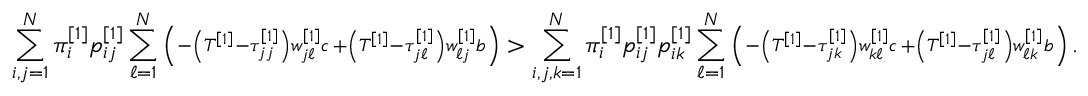
\sum _ { i , j = 1 } ^ { N } \pi _ { i } ^ { \left[ 1 \right] } p _ { i j } ^ { \left[ 1 \right] } \sum _ { \ell = 1 } ^ { N } \left( \substack { - \left( T ^ { \left[ 1 \right] } - \tau _ { j j } ^ { \left[ 1 \right] } \right) w _ { j \ell } ^ { \left[ 1 \right] } c \, + \left( T ^ { \left[ 1 \right] } - \tau _ { j \ell } ^ { \left[ 1 \right] } \right) w _ { \ell j } ^ { \left[ 1 \right] } b } \right) > \sum _ { i , j , k = 1 } ^ { N } \pi _ { i } ^ { \left[ 1 \right] } p _ { i j } ^ { \left[ 1 \right] } p _ { i k } ^ { \left[ 1 \right] } \sum _ { \ell = 1 } ^ { N } \left( \substack { - \left( T ^ { \left[ 1 \right] } - \tau _ { j k } ^ { \left[ 1 \right] } \right) w _ { k \ell } ^ { \left[ 1 \right] } c \, + \left( T ^ { \left[ 1 \right] } - \tau _ { j \ell } ^ { \left[ 1 \right] } \right) w _ { \ell k } ^ { \left[ 1 \right] } b } \right) .